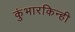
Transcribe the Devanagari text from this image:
कुंभारकिन्ही